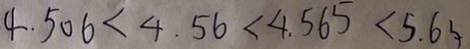
4 . 5 0 6 < 4 . 5 6 < 4 . 5 6 5 < 5 . 6 3